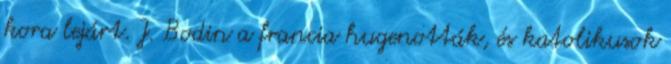
kora lejárt. J. Bodin a francia hugenották, és katolikusok